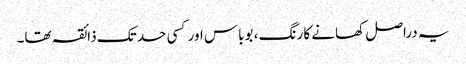
یہ دراصل کھانے کا رنگ ، بوباس اور کسی حد تک ذائقہ تھا۔